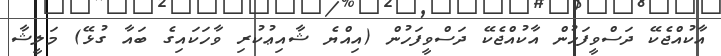
އާކުއްޖެކޭ ދަސްވީފަހުން އާކުއްޖެކޭ ދަސްވީފަހުން (އިއްޔެ ޝާއިޢުކުރި ވާހަކައިގެ ބައާ ގުޅޭ) މަލީޝާ